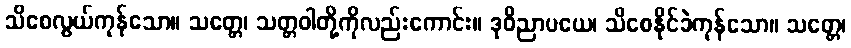
သိစေလွယ်ကုန်သော။ သတ္တေ၊ သတ္တဝါတို့ကိုလည်းကောင်း။ ဒုဝိညာပယေ၊ သိစေနိုင်ခဲကုန်သော။ သတ္တေ၊